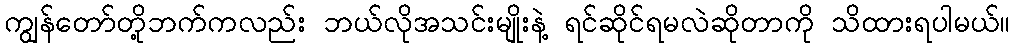
ကျွန်တော်တို့ဘက်ကလည်း ဘယ်လိုအသင်းမျိုးနဲ့ ရင်ဆိုင်ရမလဲဆိုတာကို သိထားရပါမယ်။